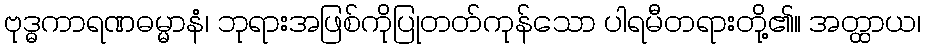
ဗုဒ္ဓကာရဏဓမ္မာနံ၊ ဘုရားအဖြစ်ကိုပြုတတ်ကုန်သော ပါရမီတရားတို့၏။ အတ္ထာယ၊